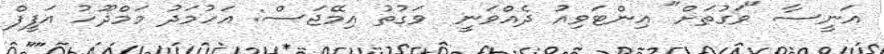
އަނީސާ "ވަގުތަށް" އިންޓަވިއު ދެއްވަނީ  ވަގުތު އިމޭޖަސް: އަހުމަދު މަމްދޫހު އަފީފް